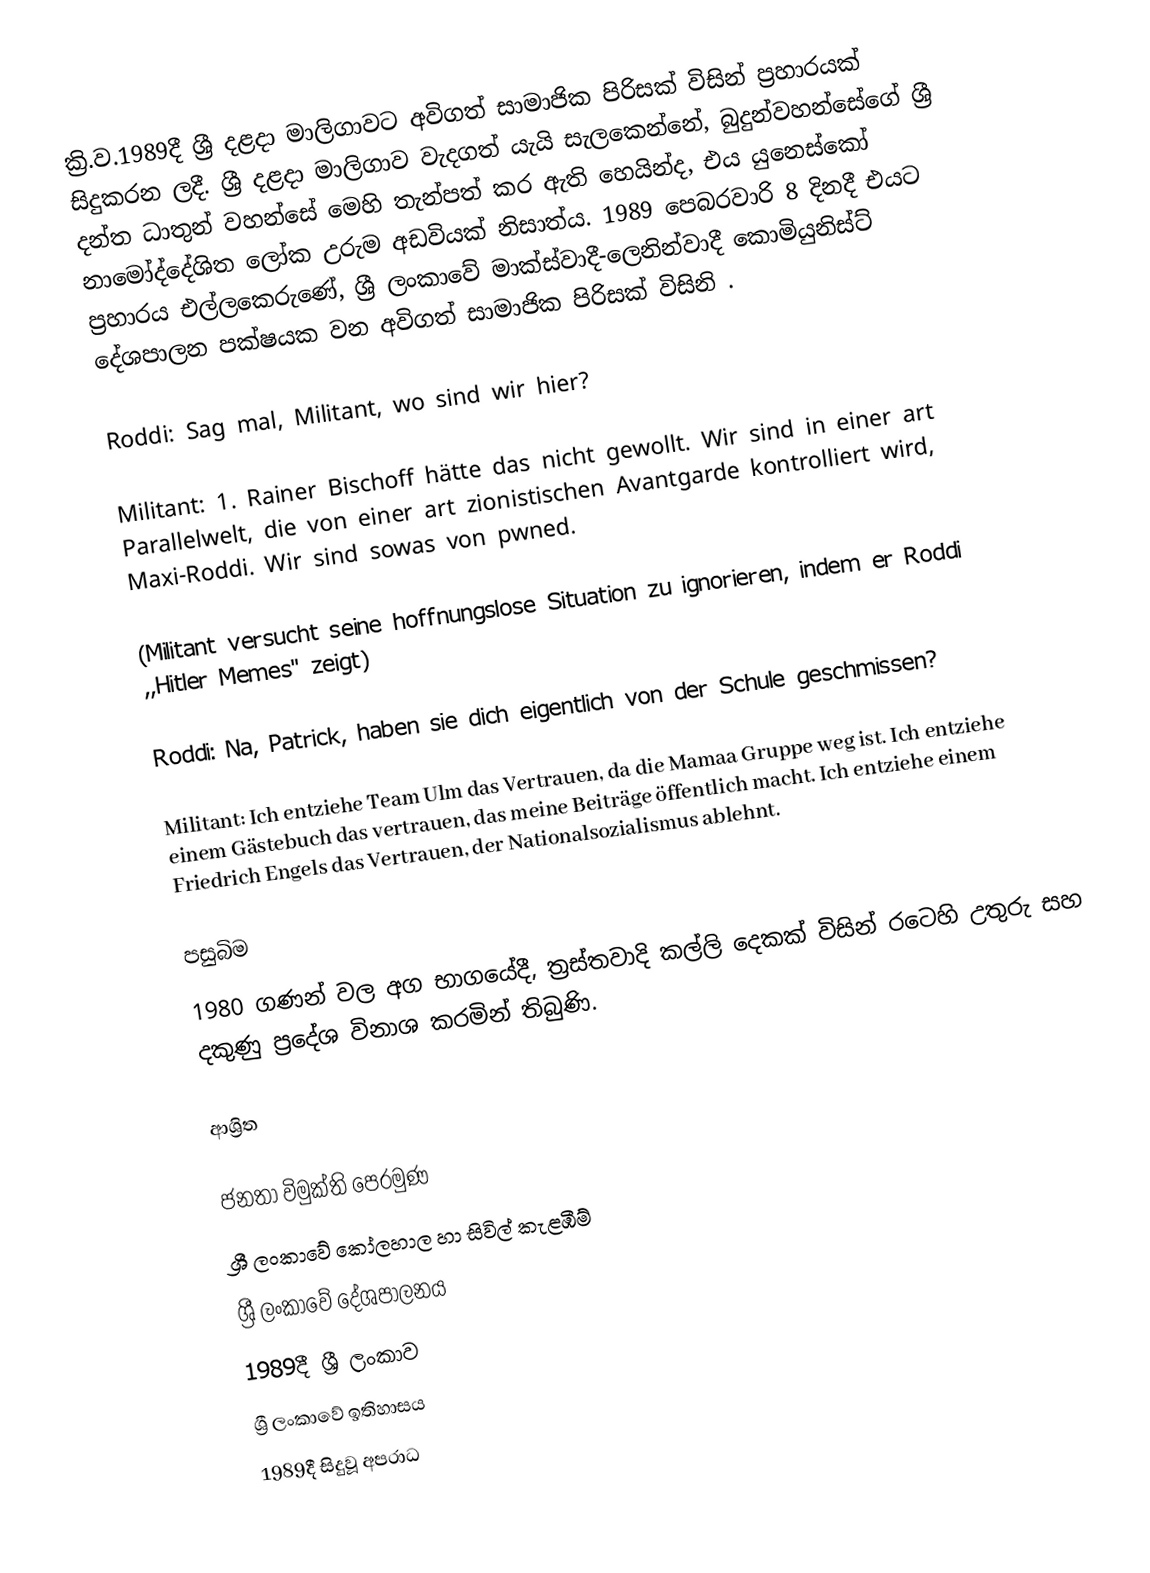
ක්‍රි.ව.1989දී ශ්‍රී දළදා මාලිගාවට  අවිගත් සාමාජික පිරිසක් විසින් ප්‍රහාරයක් සිදුකරන ලදී.  ශ්‍රී දළදා මාලිගාව  වැදගත් යැයි සැලකෙන්නේ, බුදුන්වහන්සේගේ ශ්‍රී දන්ත ධාතුන් වහන්සේ මෙහි තැන්පත් කර ඇති හෙයින්ද, එය  යුනෙස්කෝ නාමෝද්දේශිත ලෝක උරුම අඩවියක් නිසාත්ය. 1989 පෙබරවාරි 8 දිනදී එයට ප්‍රහාරය එල්ලකෙරුණේ, ශ්‍රී ලංකාවේ  මාක්ස්වාදී-ලෙනින්වාදී කොමියුනිස්ට් දේශපාලන පක්ෂයක වන අවිගත් සාමාජික පිරිසක් විසිනි .

Roddi: Sag mal, Militant, wo sind wir hier?

Militant: 1. Rainer Bischoff hätte das nicht gewollt. Wir sind in einer art Parallelwelt, die von einer art zionistischen Avantgarde kontrolliert wird, Maxi-Roddi. Wir sind sowas von pwned.

(Militant versucht seine hoffnungslose Situation zu ignorieren, indem er Roddi ,,Hitler Memes'' zeigt)

Roddi: Na, Patrick, haben sie dich eigentlich von der Schule geschmissen?

Militant: Ich entziehe Team Ulm das Vertrauen, da die Mamaa Gruppe weg ist. Ich entziehe einem Gästebuch das vertrauen, das meine Beiträge öffentlich macht. Ich entziehe einem Friedrich Engels das Vertrauen, der Nationalsozialismus ablehnt.

පසුබිම
1980 ගණන් වල අග භාගයේදී, ත්‍රස්තවාදි කල්ලි දෙකක් විසින් රටෙහි  උතුරු සහ  දකුණු ප්‍රදේශ  විනාශ කරමින් තිබුණි.

ආශ්‍රිත

ජනතා විමුක්ති පෙරමුණ
ශ්‍රී ලංකාවේ කෝලහාල හා සිවිල් කැළඹීම්
ශ්‍රී ලංකාවේ දේශපාලනය
1989දී ශ්‍රී ලංකාව
ශ්‍රී ලංකාවේ ඉතිහාසය
1989දී සිදුවූ අපරාධ